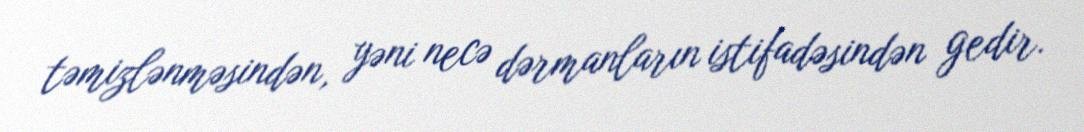
təmizlənməsindən, yəni necə dərmanların istifadəsindən gedir.